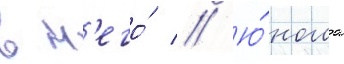
в н'его́ // Ю́ноша